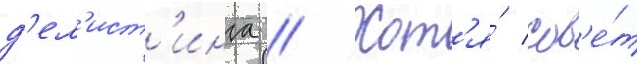
д'ел'ист'инга // Хот'я́ сов'е́т